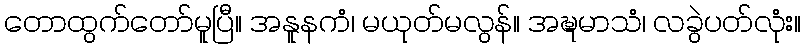
တောထွက်တော်မူပြီ။ အနူနကံ၊ မယုတ်မလွန်။ အဍ္ဎမာသံ၊ လခွဲပတ်လုံး။